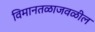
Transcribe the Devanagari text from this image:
विमानतळाजवळील